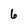
Character: 6